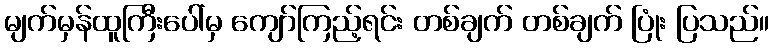
မျက်မှန်ထူကြီးပေါ်မှ ကျော်ကြည့်ရင်း တစ်ချက် တစ်ချက် ပြုံး ပြသည်။